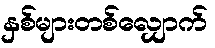
နှစ်များတစ်လျှောက်